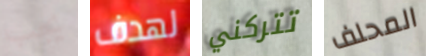
يجب لهدف تتركني المحلف